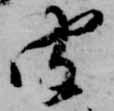
聞